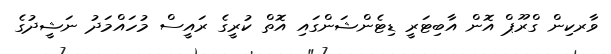
ވާރކިން ގްރޫޕް އޮން އާބިޓަރީ ޑިޓެންޝަންގައި އޮތް ކުރީގެ ރައީސް މުހައްމަދު ނަޝީދުގެ